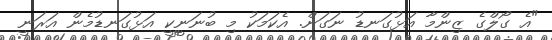
"އެ ގޯލްގެ ޒިންމާ އަޅުގަނޑު ނަގަން. އެކަމަކު މި ބުނަނީކީ އަޅުގަނޑުމެން އަރަނީ